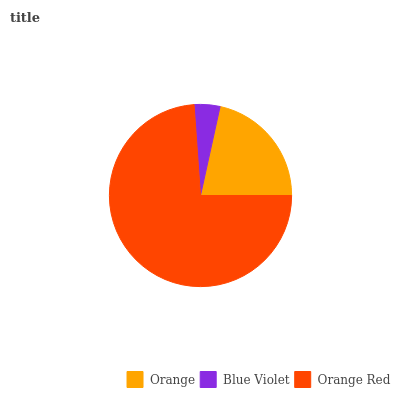
| Orange | Blue Violet | Orange Red |
 | --- | --- | --- |
 | 21.5% | 4.57% | 73.9% |